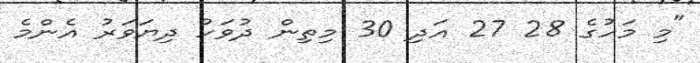
"މި މަހުގެ 28 27 އަދި 30 މިތިން ދުވަހު ދިޔަވަރު އެންމެ